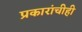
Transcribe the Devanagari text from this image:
प्रकारांचीही